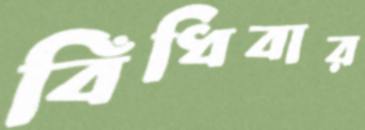
বিঁধিবার